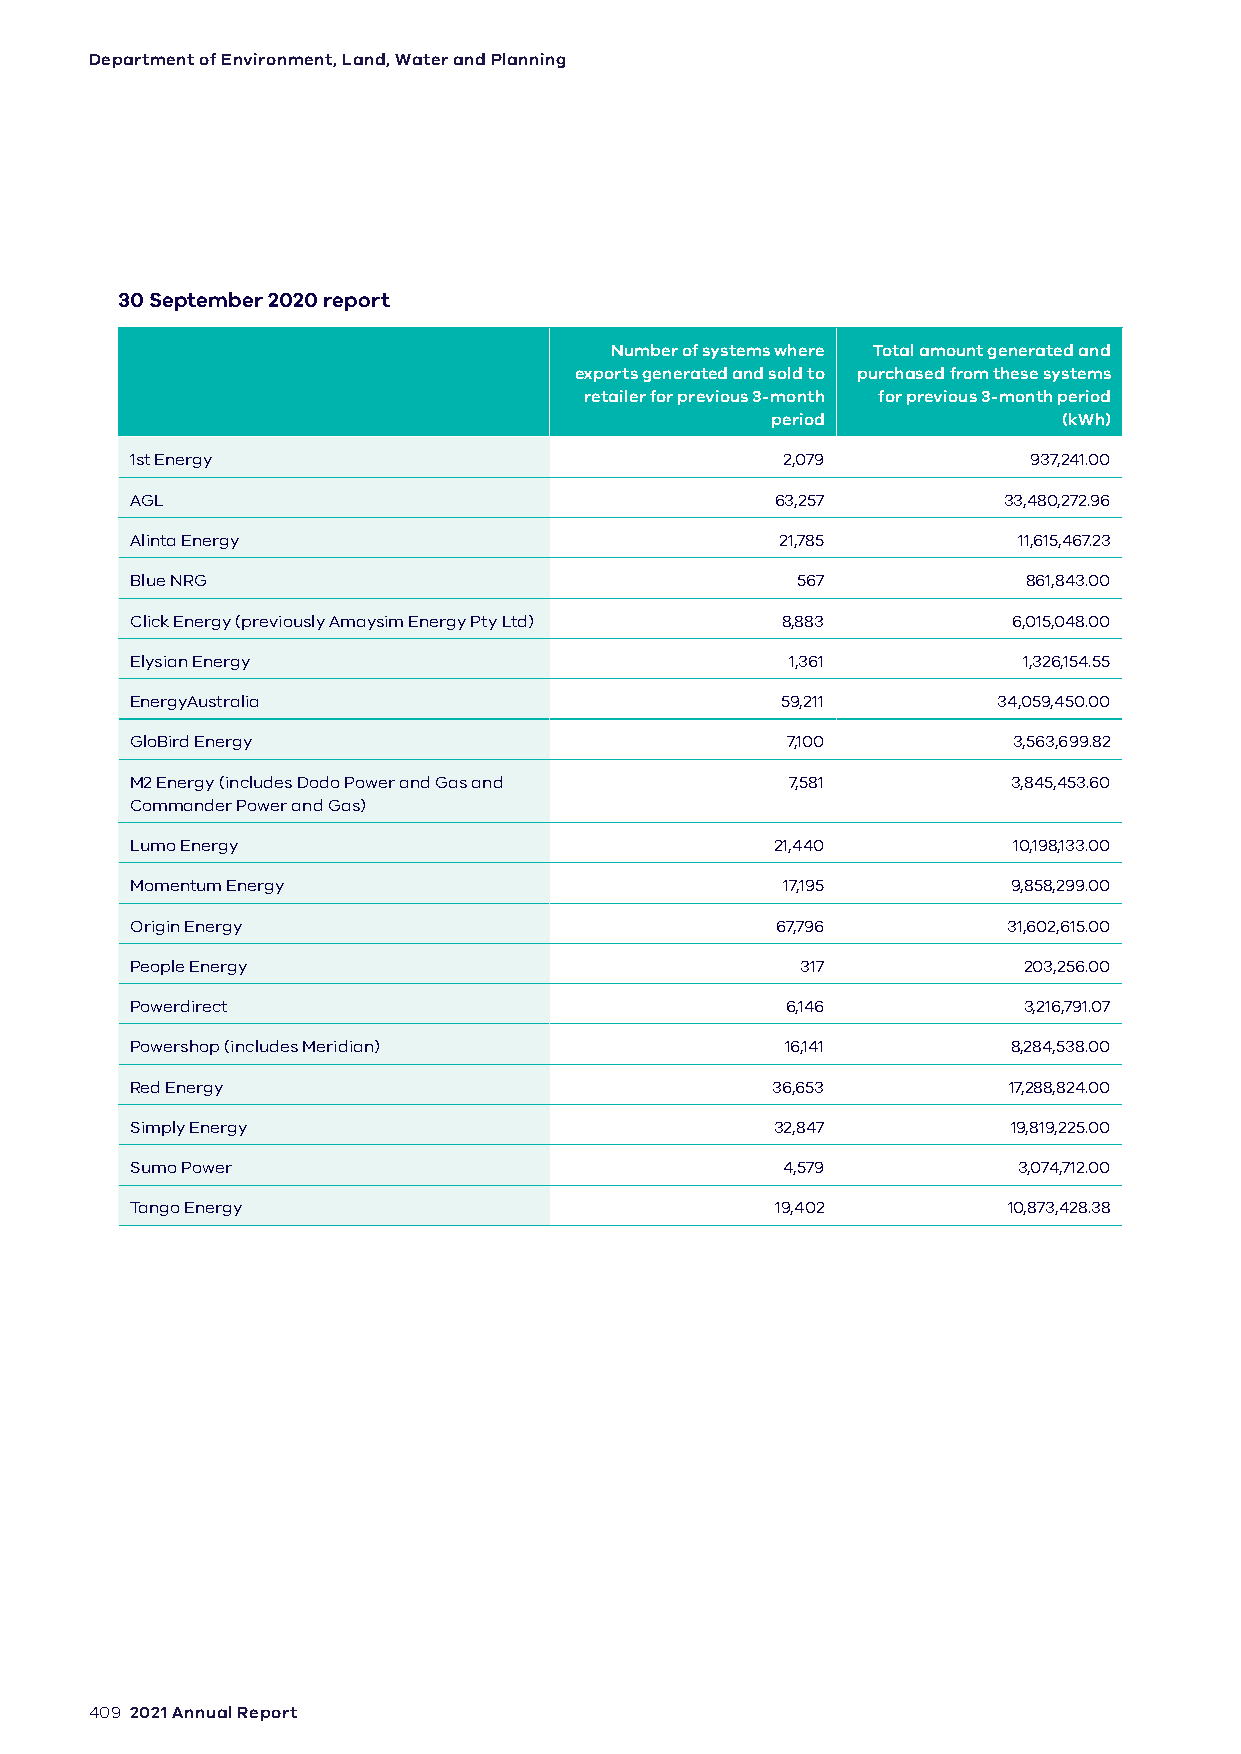
Department of Environment, Land, Water and Planning
 30 September 2020 report
 Number of systems where Total amount generated and
 exports generated and sold to purchased from these systems
 retailer for previous 3-month for previous 3-month period
 period             (kWh)
 1st Energy                                 2,079           937,241.00
 AGL                                       63,257         33,480,272.96
 Alinta Energy                              21,785         11,615,467.23
 Blue NRG                                    567            861,843.00
 Click Energy (previously Amaysim Energy Pty Ltd) 8,883    6,015,048.00
 Elysian Energy                             1,361           1,326,154.55
 EnergyAustralia                            59,211        34,059,450.00
 GloBird Energy                             7,100          3,563,699.82
 M2 Energy (includes Dodo Power and Gas and 7,581          3,845,453.60
 Commander Power and Gas)
 Lumo Energy                               21,440          10,198,133.00
 Momentum Energy                            17,195         9,858,299.00
 Origin Energy                             67,796          31,602,615.00
 People Energy                               317            203,256.00
 Powerdirect                                6,146           3,216,791.07
 Powershop (includes Meridian)              16,141         8,284,538.00
 Red Energy                                36,653          17,288,824.00
 Simply Energy                             32,847          19,819,225.00
 Sumo Power                                 4,579          3,074,712.00
 Tango Energy                              19,402          10,873,428.38
 409 2021 Annual Report